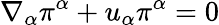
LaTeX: \nabla_{\alpha}\pi^{\alpha}+u_{\alpha}\pi^{\alpha}=0